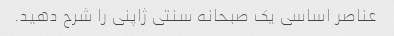
عناصر اساسی یک صبحانه سنتی ژاپنی را شرح دهید.